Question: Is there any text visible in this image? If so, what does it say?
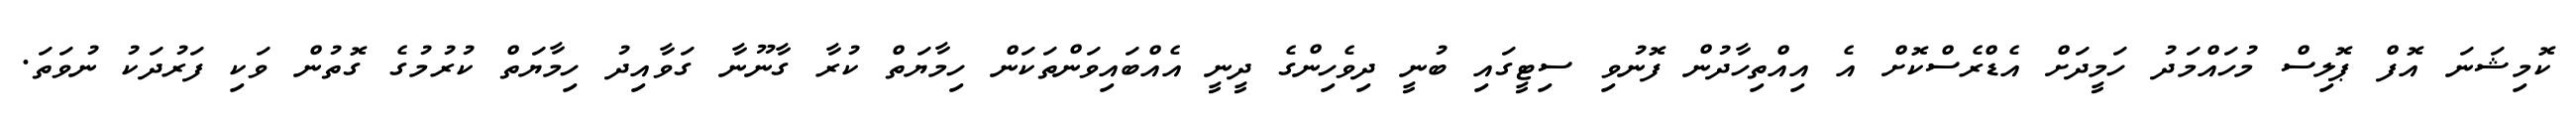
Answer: ކޮމިޝަނަ އޮފް ޕޮލިސް މުހައްމަދު ހަމީދަށް އެޑްރެސްކޮށް އެ އިއްތިހާދުން ފޮނުވި ސިޓީގައި ބުނީ ދިވެހިންގެ ދީނީ އެއްބައިވަންތަކަން ހިމާޔަތް ކުރާ ގާނޫނާ ގަވާއިދު ހިމާޔަތް ކުރުމުގެ ގޮތުން ވަކި ފަރުދަކު ނުވަތަ.